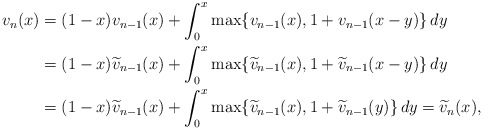
\begin{align*}v_n(x)&=(1-x) v_{n-1}(x) + \int_0^x \max \{ v_{n-1}(x), 1+ v_{n-1}(x-y) \}\, dy \\& = (1-x) \widetilde{v}_{n-1}(x) + \int_0^x \max \{ \widetilde{v}_{n-1}(x), 1+ \widetilde{v}_{n-1}(x-y) \}\, dy \\& = (1-x) \widetilde{v}_{n-1}(x) +\int_0^x \max \{ \widetilde{v}_{n-1}(x), 1+ \widetilde{v}_{n-1}(y) \}\, dy = \widetilde{v}_{n}(x),\end{align*}